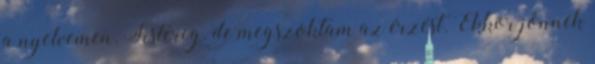
a nyelvemen. Sistereg. de megszoktam az érzést. Ekkor jönnek